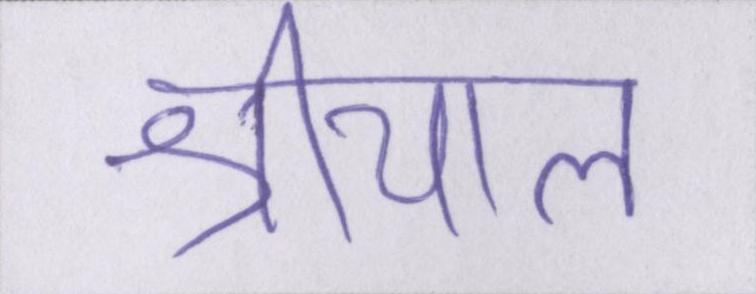
श्रीयाल